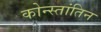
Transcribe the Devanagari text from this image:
कोन्स्तांतिन